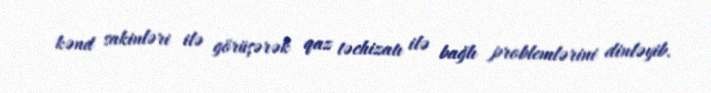
kənd sakinləri ilə görüşərək qaz təchizatı ilə bağlı problemlərini dinləyib.